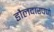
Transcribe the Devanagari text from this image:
डौलदारपणे